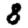
Digit: 8